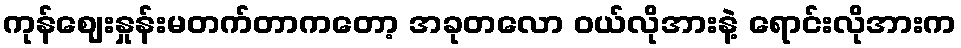
ကုန်ဈေးနှုန်းမတက်တာကတော့ အခုတလော ဝယ်လိုအားနဲ့ ရောင်းလိုအားက